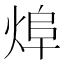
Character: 㷆